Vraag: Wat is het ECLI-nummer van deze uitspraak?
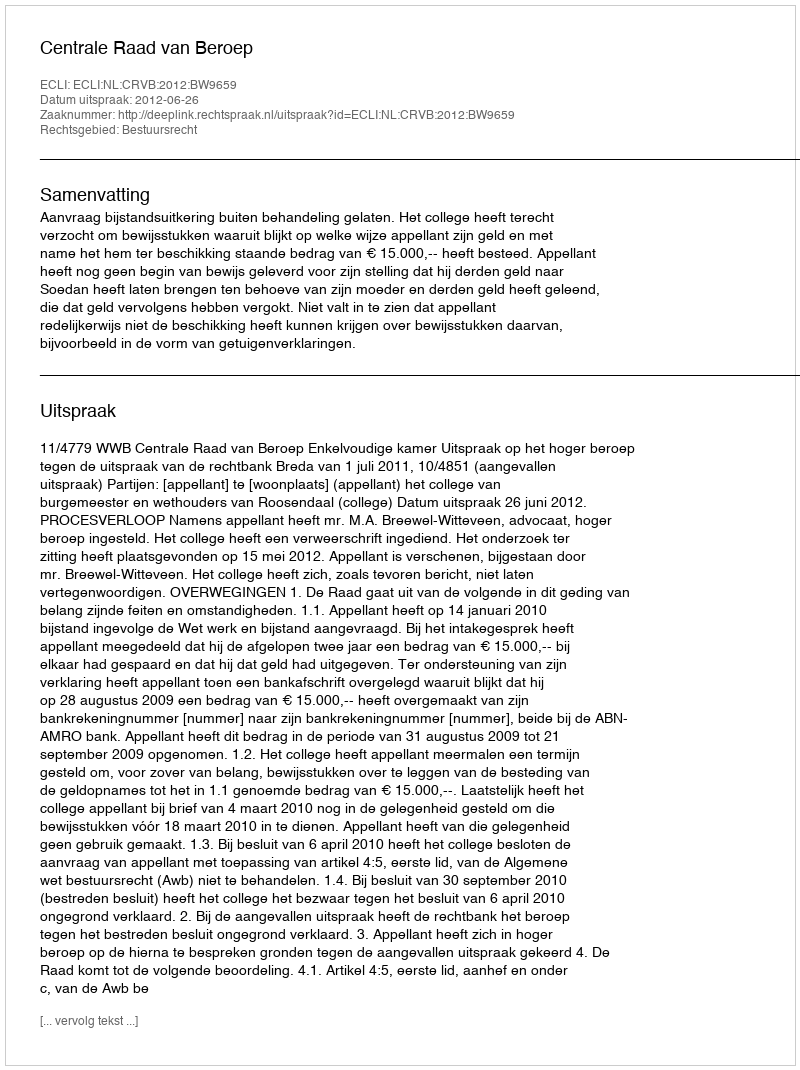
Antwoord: ECLI:NL:CRVB:2012:BW9659